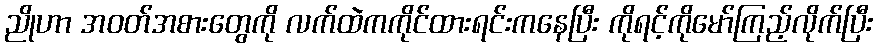
ညိုဟာ အဝတ်အစားတွေကို လက်ထဲကကိုင်ထားရင်းကနေပြီး ကိုရင့်ကိုမော်ကြည့်လိုက်ပြီး